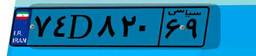
۵۸D۱۱۰۷۵